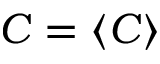
C = \langle C \rangle